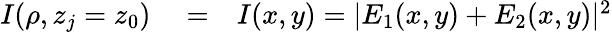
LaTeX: \begin{array}{rlr}{I(\rho,z_{j}=z_{0})}&{{}=}&{I(x,y)=|E_{1}(x,y)+E_{2}(x,y)|^{2}}\end{array}